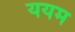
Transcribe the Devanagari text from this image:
ययम